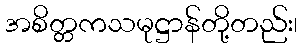
အစိတ္တကသမုဋ္ဌာန်တို့တည်း၊